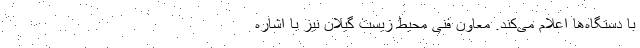
با دستگاه‌ها اعلام می‌کند. معاون فنی محیط‌ زیست گیلان نیز با اشاره